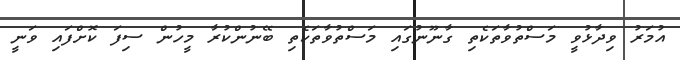
އުމަރު ވިދާޅުވީ މަސްތުވާތަކެތި ގާނޫނުގައި މަސްތުވާތަކެތި ބޭނުންކުރާ މީހުން ސިފަ ކޮށްފައި ވަނީ